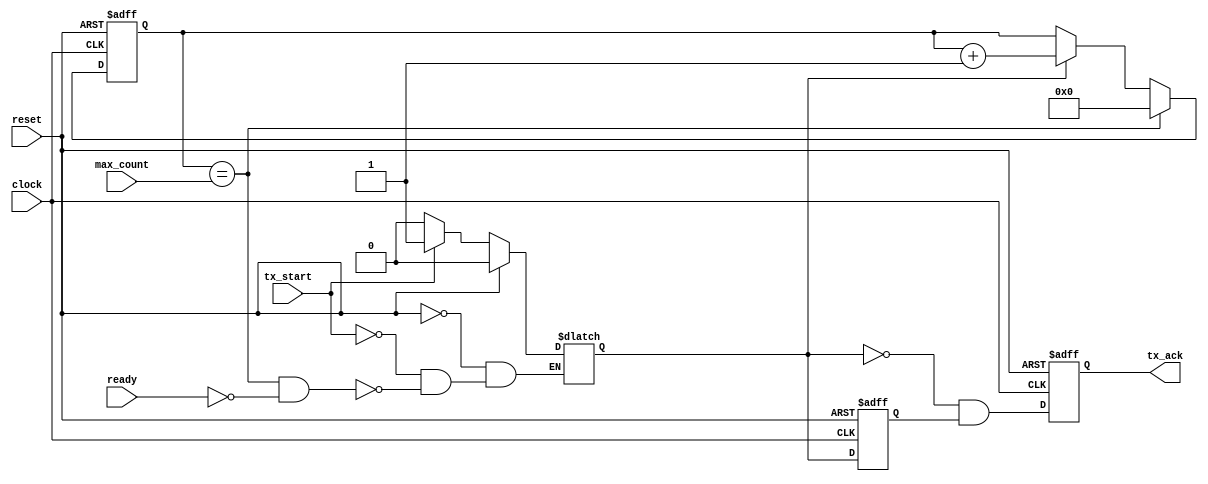
module ack_counter (
clock , // 156 MHz clock
reset , // active high, asynchronous Reset input
ready,
tx_start , // Active high tx_start signal for counter
max_count, //16 bit reg for the maximum count to generate the ack signal
tx_ack	// Active high signal
);

// Ports declaration
input clock;
input reset;
input ready;
input tx_start;
input [15:0] max_count;

output tx_ack;

// Wire connections
//Input
wire clock;
wire reset;
wire ready;
wire tx_start;
wire [15:0] max_count;

//Output
reg tx_ack;



//Internal wires
reg start_count;
reg start_count_del;
reg [15:0] counter;


always @ (reset or tx_start or counter or max_count)
begin 

  if (reset) begin
    start_count <= 0;
  end

  else if (tx_start) begin
    start_count <= 1;
  end

  else if ((counter == max_count) & !ready) begin  //& !ready
    start_count <= 0;
  end

end 


always @ (posedge clock or posedge reset)
begin 

  if (reset) begin
    counter <= 0;
  end
  
  else if (counter == max_count) begin
    counter <= 0;
  end

  else if (start_count) begin
    counter <= counter + 1;
  end

end 


always @ (posedge clock or posedge reset)
begin 

  if (reset) begin
    start_count_del <= 0;
    tx_ack <= 0;
  end
  else begin
    start_count_del <= start_count;
    tx_ack <= ~start_count & start_count_del;
  end

end 

endmodule // End of Module